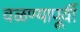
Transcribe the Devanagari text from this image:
वळण्यापूर्वी